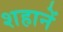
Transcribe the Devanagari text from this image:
शहानें